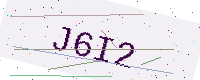
Text: J6I2